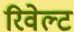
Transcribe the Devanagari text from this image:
रिवेल्ट